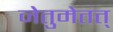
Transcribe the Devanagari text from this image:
नेतुमेतत्‌